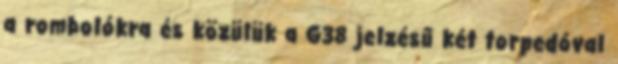
a rombolókra és közülük a G38 jelzésű két torpedóval